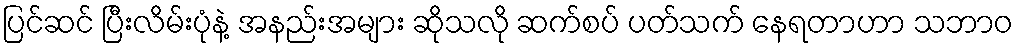
ပြင်ဆင် ပြီးလိမ်းပုံနဲ့ အနည်းအများ ဆိုသလို ဆက်စပ် ပတ်သက် နေရတာဟာ သဘာဝ